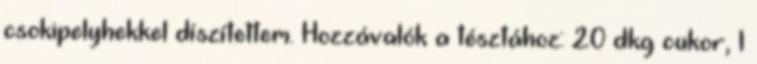
csokipelyhekkel díszítettem. Hozzávalók a tésztához: 20 dkg cukor, 1